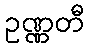
ဥဏ္ဏတီ